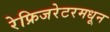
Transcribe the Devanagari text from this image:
रेफ्रिजरेटरमधून